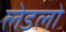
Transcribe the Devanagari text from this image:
लेडलो